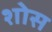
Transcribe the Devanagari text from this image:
शोस